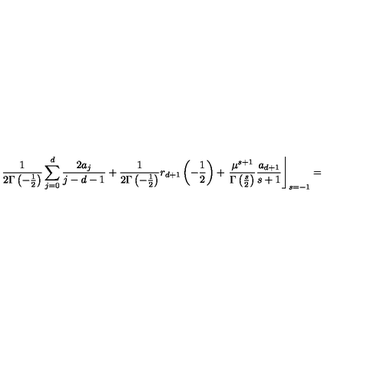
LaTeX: \frac 1 { 2 \Gamma \left( - \frac 1 2 \right) } \sum _ { j = 0 } ^ { d } \frac { 2 a _ { j } } { j - d - 1 } + \frac 1 { 2 \Gamma \left( - \frac 1 2 \right) } r _ { d + 1 } \left( - \frac 1 2 \right) + \left. \frac { \mu ^ { s + 1 } } { \Gamma \left( \frac s 2 \right) } \frac { a _ { d + 1 } } { s + 1 } \right\rfloor _ { s = - 1 } =